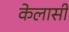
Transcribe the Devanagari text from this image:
केलासी